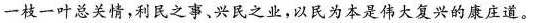
一枝一叶总关情，利民之事、兴民之业，以民为本是伟大复兴的康庄道。